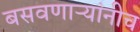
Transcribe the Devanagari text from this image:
बसवणाऱ्यांनीच